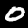
Digit: 0